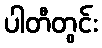
ပါတီတွင်း